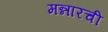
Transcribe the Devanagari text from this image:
मन्नारची